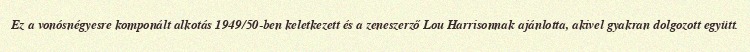
Ez a vonósnégyesre komponált alkotás 1949/50-ben keletkezett és a zeneszerző Lou Harrisonnak ajánlotta, akivel gyakran dolgozott együtt.